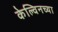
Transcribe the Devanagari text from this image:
केल्विनच्या